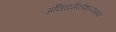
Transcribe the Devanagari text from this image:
अभिधर्मकोशव्याख्या